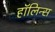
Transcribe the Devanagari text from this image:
हॉलिन्स